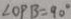
\angle O P B = 9 0 ^ { \circ }